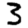
Digit: 3